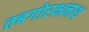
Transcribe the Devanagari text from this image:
तबगोरक्षनाथ